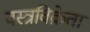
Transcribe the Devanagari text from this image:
वस्त्रविक्रेता